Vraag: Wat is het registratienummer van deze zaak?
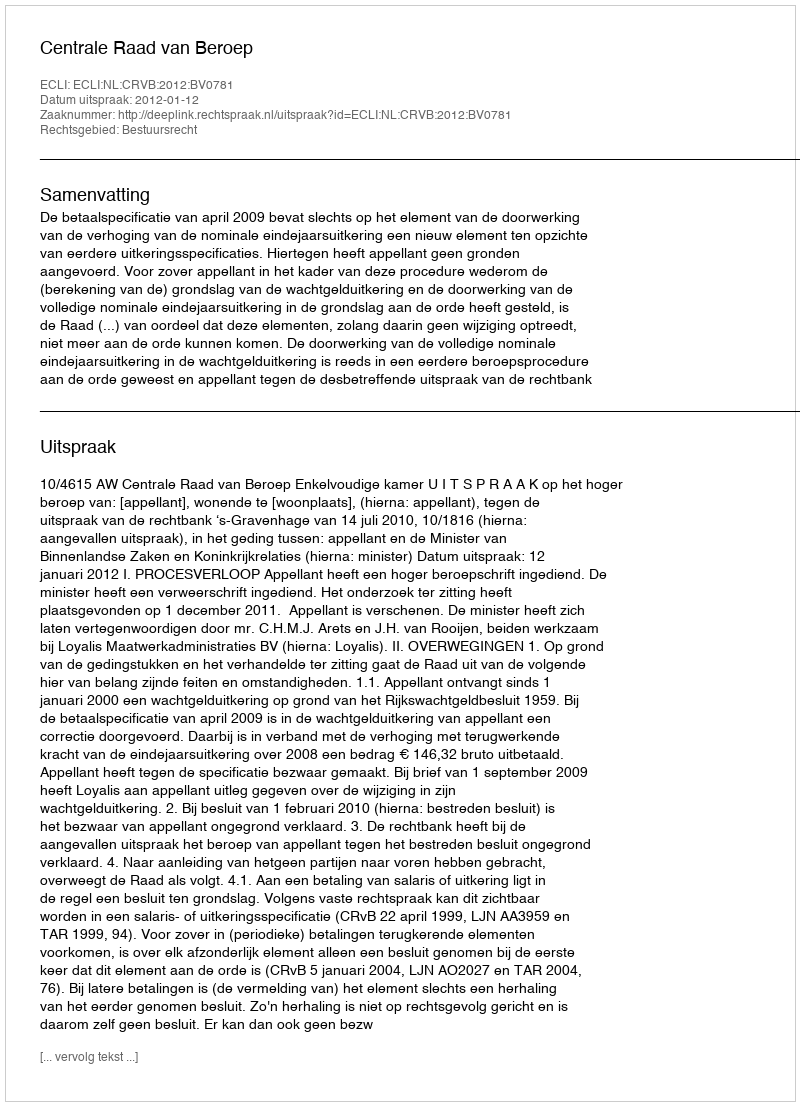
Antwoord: http://deeplink.rechtspraak.nl/uitspraak?id=ECLI:NL:CRVB:2012:BV0781